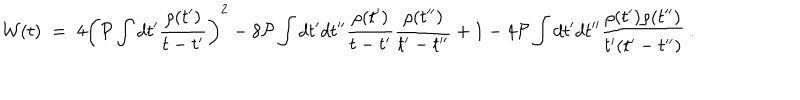
{ \cal W } ( t ) \; = \; 4 \left( { \cal P } \int d t ^ { \prime } \frac { \rho ( t ^ { \prime } ) } { t - t ^ { \prime } } \right) ^ { 2 } - 8 { \cal P } \int d t ^ { \prime } d t ^ { \prime \prime } \frac { \rho ( t ^ { \prime } ) } { t - t ^ { \prime } } \frac { \rho ( t ^ { \prime \prime } ) } { t ^ { \prime } - t ^ { \prime \prime } } + 1 - 4 { \cal P } \int d t ^ { \prime } d t ^ { \prime \prime } \frac { \rho ( t ^ { \prime } ) \rho ( t ^ { \prime \prime } ) } { t ^ { \prime } ( t ^ { \prime } - t ^ { \prime \prime } ) } \; .